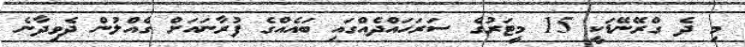
މި ދެ ގްރޭނޭޑަކީ 15 މީޓަރުގެ ސަރަހައްދެއްގައި ބައެއްގެ ފުރާނައަށް ގެއްލުން ދެވިދާނެ